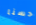
حسنا